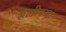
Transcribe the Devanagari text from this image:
साडीपन्हा